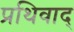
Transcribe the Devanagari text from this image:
प्रथिवाद्